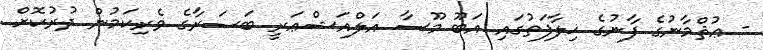
- ޢުޘްމާނުގެ ފާނުގެ ޚިލާފަތުގައި އަބޫ މޫސާ އަލްއަޝްޢަރީ ބަޞަރާގެ ވެރިކަމުން ދުރުކޮށް